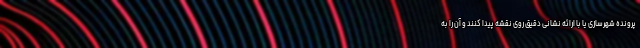
پرونده شهرسازی یا با ارائه نشانی دقیق روی نقشه پیدا کنند و آن را به